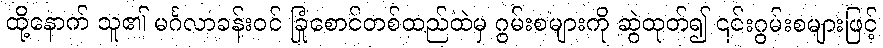
ထို့နောက် သူ၏ မင်္ဂလာခန်းဝင် ခြုံစောင်တစ်ထည်ထဲမှ ဂွမ်းစများကို ဆွဲထုတ်၍ ၎င်းဂွမ်းစများဖြင့်